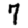
Digit: 7